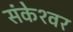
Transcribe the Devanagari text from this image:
संकेश्‍वर